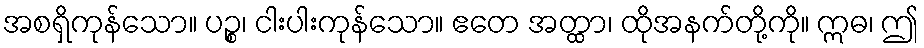
အစရှိကုန်သော။ ပဉ္စ၊ ငါးပါးကုန်သော။ ဧတေ အတ္ထာ၊ ထိုအနက်တို့ကို။ ဣဓ၊ ဤ